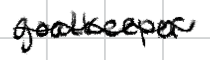
Text: goalkeeper
Cross-out: wave
Writing tool: digital_black